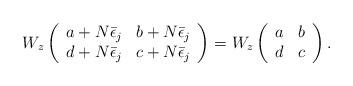
LaTeX: \begin{align*}W_{z} \left( \begin{array}{cc}a+N\bar{\epsilon }_j & b+N\bar{\epsilon }_j \\d+N\bar{\epsilon }_j & c+N\bar{\epsilon }_j \end{array} \right) =W_{z} \left( \begin{array}{cc} a & b \\ d & c \end{array} \right) .\end{align*}